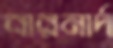
বারনার্দ